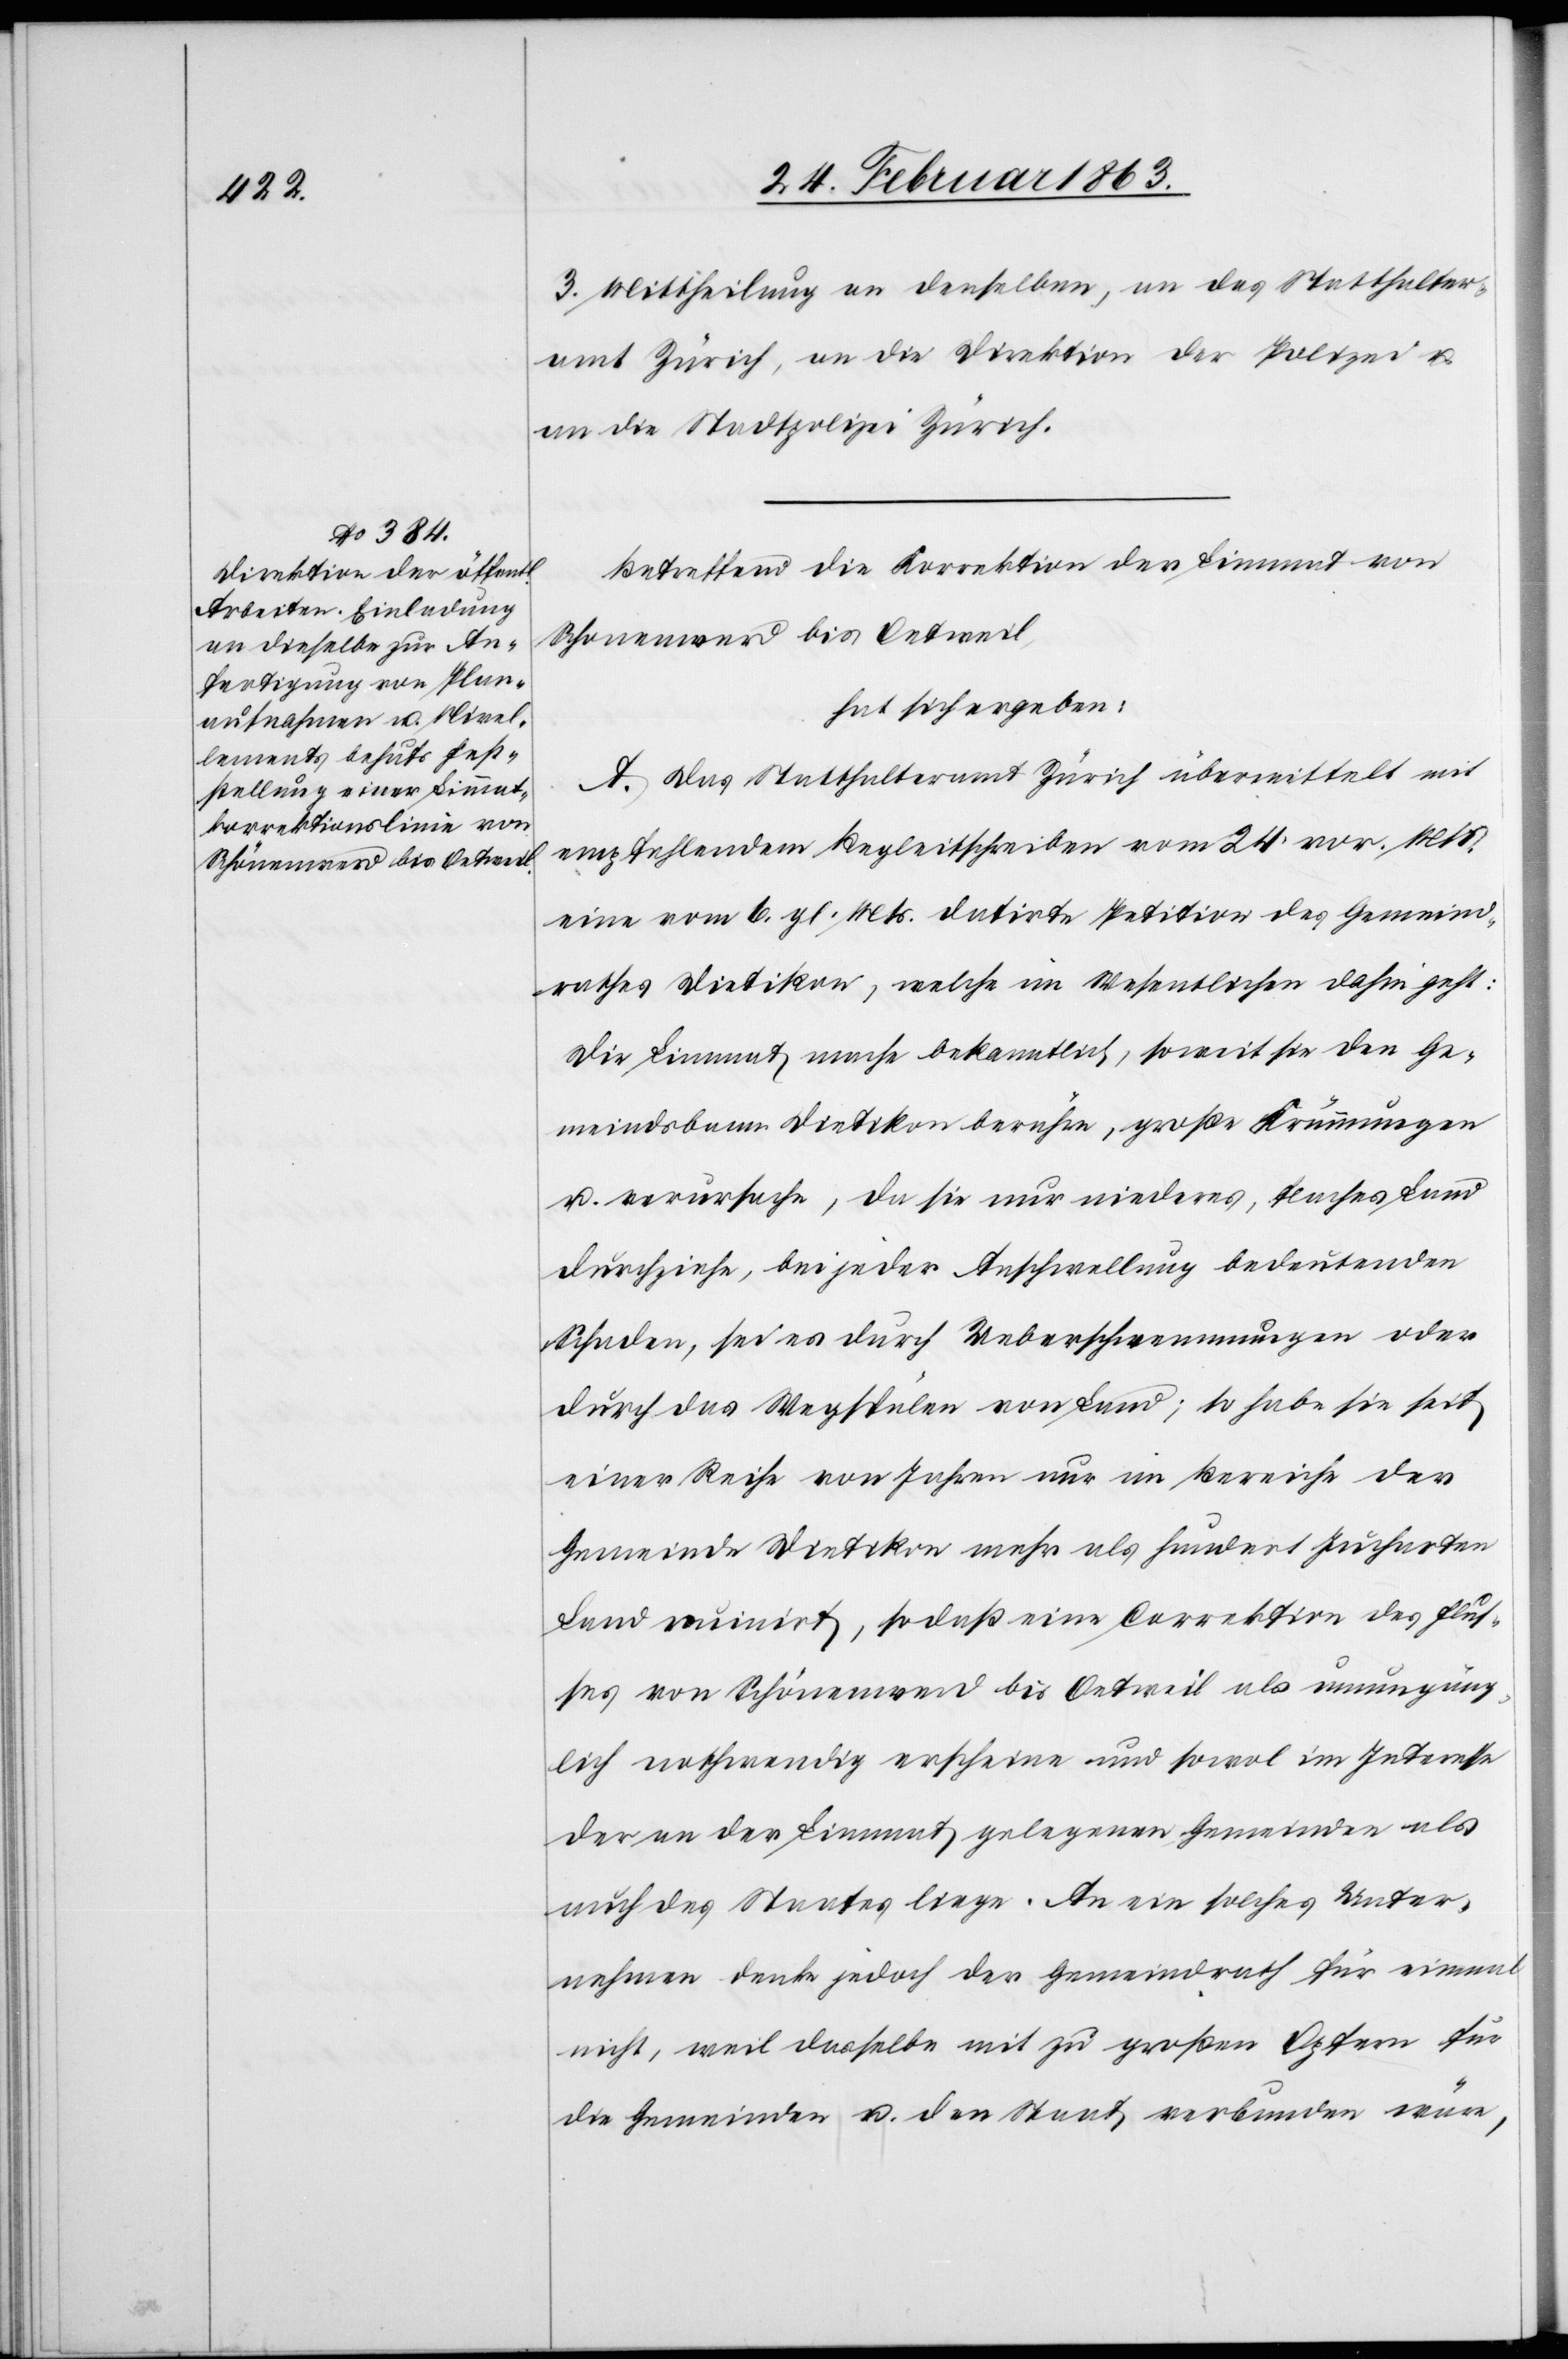
3. Mittheilung an denselben, an das Statthalter¬
amt Zürich, an die Direktion der Polizei u.
an die Stadtpolizei Zürich.
Betreffend die Korrektion der Limmat von
Schonenwerd [sic!] bis Oetweil,
hat sich ergeben:
A. Das Statthalteramt Zürich übermittelt mit
empfehlendem Begleitschreiben vom 24. vor. Mts.
eine vom 6. gl. Mts. datirte Petition des Gemeind¬
rathes Dietikon, welche im Wesentlichen dahin geht:
Die Limmat mache bekanntlich, soweit sie den Ge¬
meindsbann Dietikon berühre, große Krümmungen
u. verursache, da sie nur niederes, flaches Land
durchziehe, bei jeder Anschwellung bedeutenden
Schaden, sei es durch Ueberschwemmungen oder
durch das Wegspülen von Land, so habe sie seit
einer Reihe von Jahren nur im Bereiche der
Gemeinde Dietikon mehr als hundert Jucharten
Land ruinirt, sodaß eine Correktion des Flus¬
ses von Schönenwerd bis Oetweil als unumgäng¬
lich nothwendig erscheine und sowol im Interesse
der an der Limmat gelegenen Gemeinden als
auch des Staates liege. An ein solches Unter¬
nehmen denke jedoch der Gemeindrath für einmal
nicht, weil dasselbe mit zu großen Opfern für
die Gemeinden u. den Staat verbunden wäre,